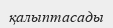
қалыптасады